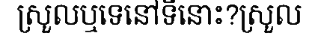
ស្រួលឬទេនៅទីនោះ?ស្រួល